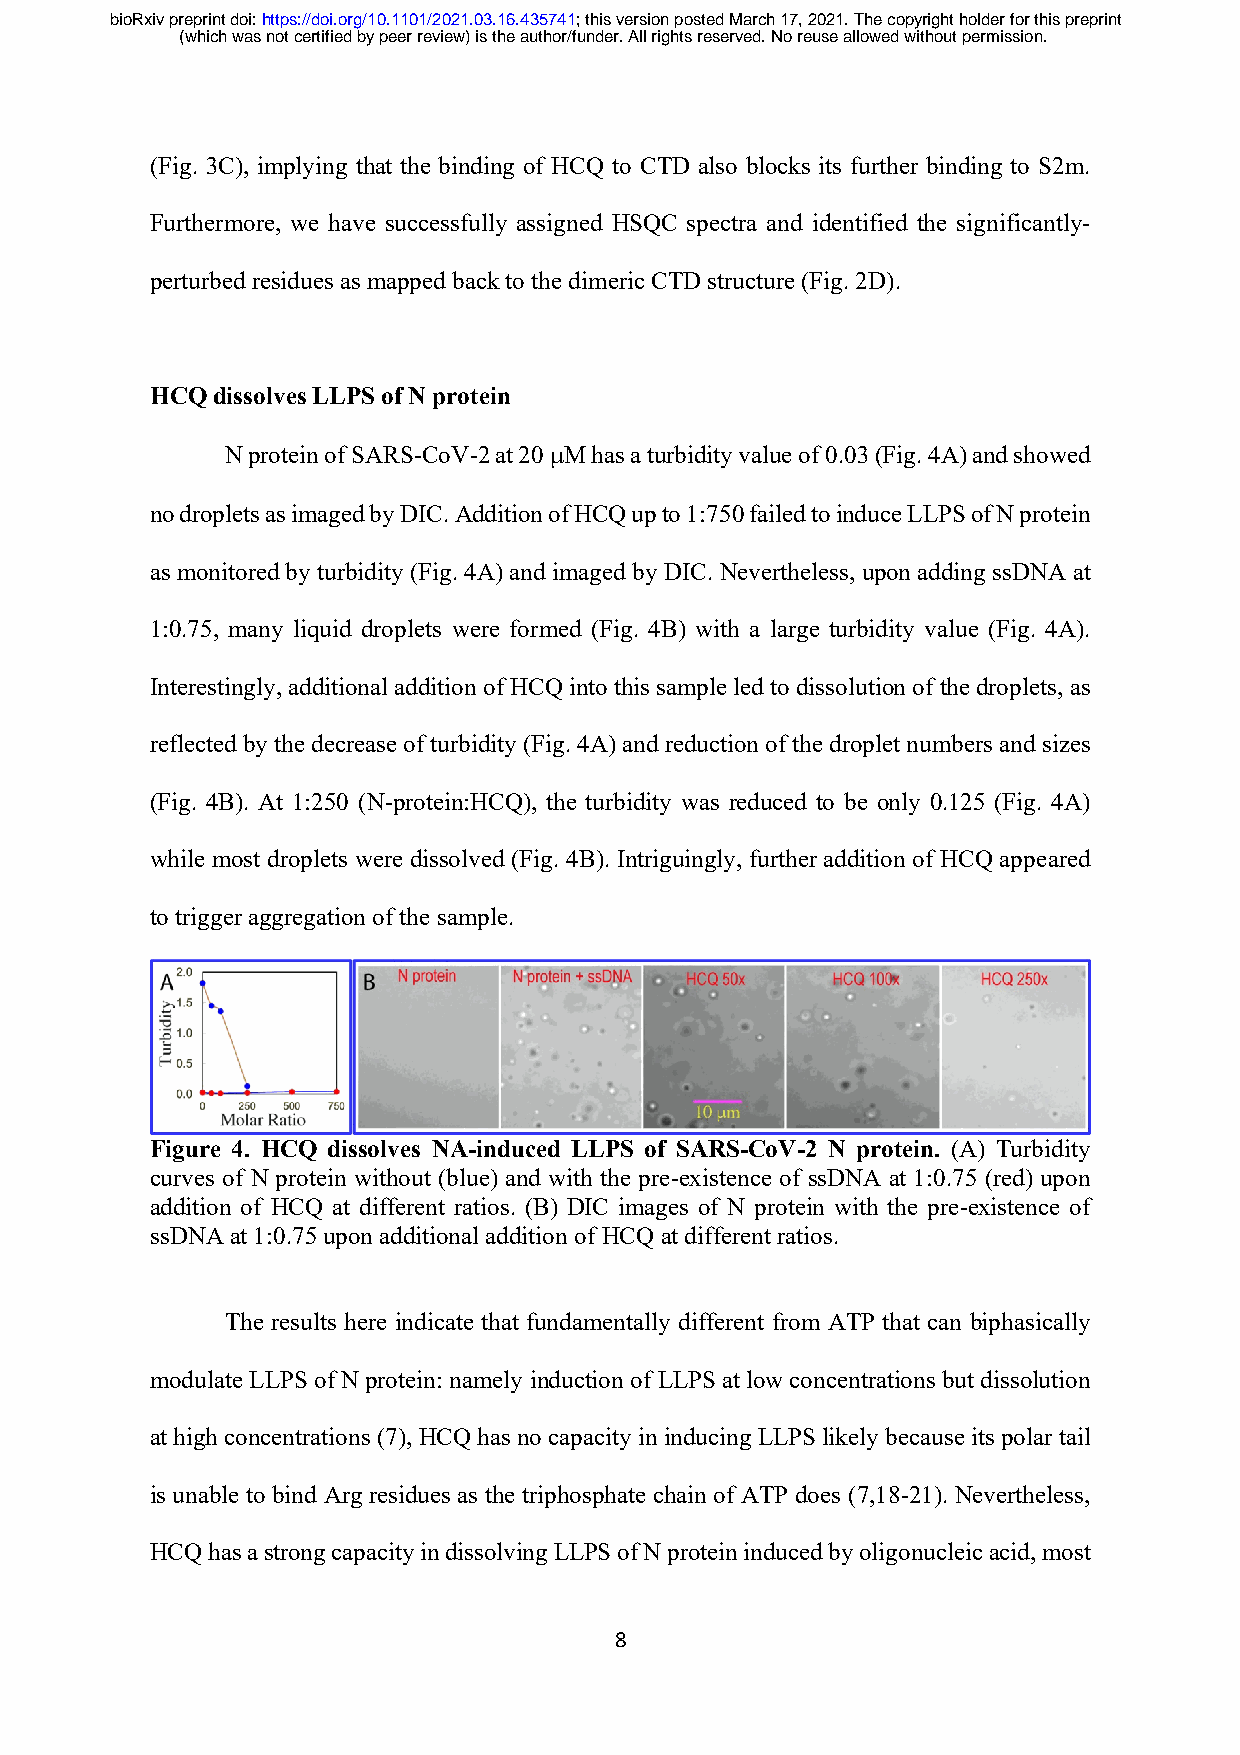
bioRxiv preprint doi: https://doi.org/10.1101/2021.03.16.435741; this version posted March 17, 2021. The copyright holder for this preprint
 (which was not certified by peer review) is the author/funder. All rights reserved. No reuse allowed without permission.
 (Fig. 3C), implying that the binding of HCQ to CTD also blocks its further binding to S2m.
 Furthermore, we have successfully assigned HSQC spectra and identified the significantly-
 perturbed residues as mapped back to the dimeric CTD structure (Fig. 2D).
 HCQ dissolves LLPS of N protein
 N protein of SARS-CoV-2 at 20 µM has a turbidity value of 0.03 (Fig. 4A) and showed
 no droplets as imaged by DIC. Addition of HCQ up to 1:750 failed to induce LLPS of N protein
 as monitored by turbidity (Fig. 4A) and imaged by DIC. Nevertheless, upon adding ssDNA at
 1:0.75, many liquid droplets were formed (Fig. 4B) with a large turbidity value (Fig. 4A).
 Interestingly, additional addition of HCQ into this sample led to dissolution of the droplets, as
 reflected by the decrease of turbidity (Fig. 4A) and reduction of the droplet numbers and sizes
 (Fig. 4B). At 1:250 (N-protein:HCQ), the turbidity was reduced to be only 0.125 (Fig. 4A)
 while most droplets were dissolved (Fig. 4B). Intriguingly, further addition of HCQ appeared
 to trigger aggregation of the sample.
 Figure 4. HCQ dissolves NA-induced LLPS of SARS-CoV-2 N protein. (A) Turbidity
 curves of N protein without (blue) and with the pre-existence of ssDNA at 1:0.75 (red) upon
 addition of HCQ at different ratios. (B) DIC images of N protein with the pre-existence of
 ssDNA at 1:0.75 upon additional addition of HCQ at different ratios.
 The results here indicate that fundamentally different from ATP that can biphasically
 modulate LLPS of N protein: namely induction of LLPS at low concentrations but dissolution
 at high concentrations (7), HCQ has no capacity in inducing LLPS likely because its polar tail
 is unable to bind Arg residues as the triphosphate chain of ATP does (7,18-21). Nevertheless,
 HCQ has a strong capacity in dissolving LLPS of N protein induced by oligonucleic acid, most
 8